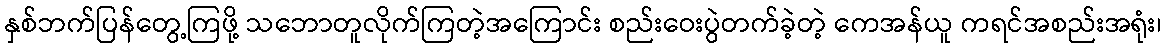
နှစ်ဘက်ပြန်တွေ့ကြဖို့ သဘောတူလိုက်ကြတဲ့အကြောင်း စည်းဝေးပွဲတက်ခဲ့တဲ့ ကေအန်ယူ ကရင်အစည်းအရုံး၊